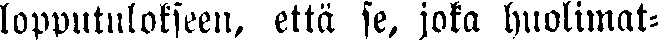
lopputulokseen, että se, joka huolimat-